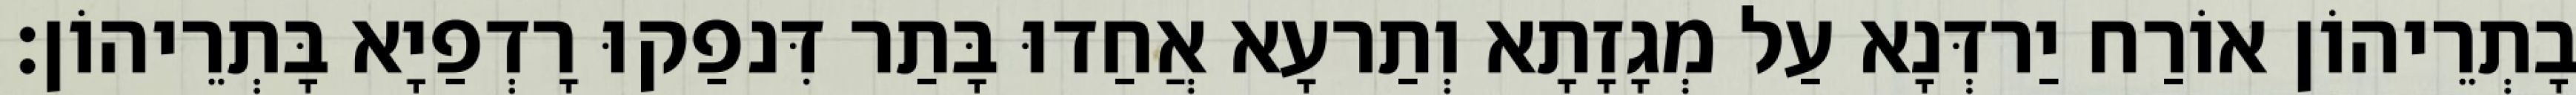
בָתְרֵיהוֹן אוֹרַח יַרדְּנָא עַל מְגָזָתָא וְתַרעָא אֲחַדוּ בָּתַר דִּנפַקוּ רָדְפַיָא בָּתְרֵיהוֹן׃